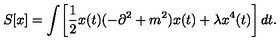
S [ x ] = \int \! \left[ \frac { 1 } { 2 } x ( t ) ( - \partial ^ { 2 } + m ^ { 2 } ) x ( t ) + \lambda x ^ { 4 } ( t ) \right] d t .